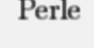
Perle